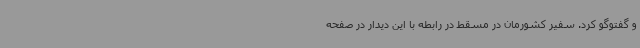
و گفتوگو کرد. سفیر کشورمان در مسقط در رابطه با این دیدار در صفحه